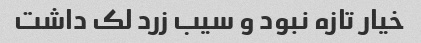
خیار تازه نبود و سیب زرد لک داشت